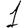
Digit: 1